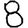
Digit: 8